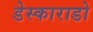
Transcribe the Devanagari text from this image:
डेस्काराडो